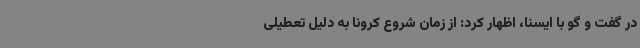
در گفت و گو با ایسنا، اظهار کرد: از زمان شروع کرونا به دلیل تعطیلی